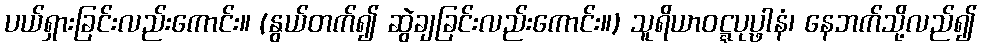
ပယ်ရှားခြင်းလည်းကောင်း။ (နွယ်တက်၍ ဆွဲချခြင်းလည်းကောင်း။) သူရိယာဝဋ္ဋပုပ္ဖါနံ၊ နေဘက်သို့လည်၍